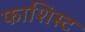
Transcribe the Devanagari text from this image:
फाशिस्ट